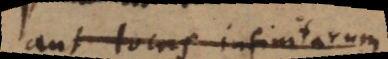
aut locus infinitarum